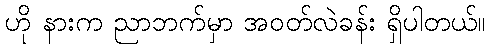
ဟို နားက ညာဘက်မှာ အဝတ်လဲခန်း ရှိပါတယ်။